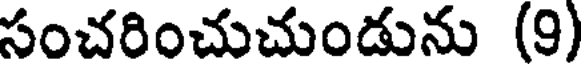
సంచరించుచుండును (9)